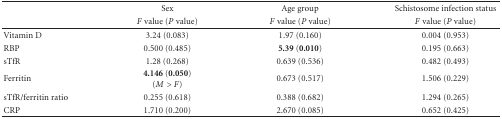
<table><thead><tr><td></td><td><b>Sex</b></td><td><b>Age group</b></td><td><b>Schistosome infection status</b></td></tr><tr><td></td><td><b><i>F</i> value (<i>P</i> value)</b></td><td><b><i>F</i> value (<i>P</i> value)</b></td><td><b><i>F</i> value (<i>P</i> value)</b></td></tr></thead><tbody><tr><td>Vitamin D</td><td>3.24 (0.083)</td><td>1.97 (0.160)</td><td>0.004 (0.953)</td></tr><tr><td>RBP</td><td>0.500 (0.485)</td><td><b>5.39</b> (<b>0.010</b>)</td><td>0.195 (0.663)</td></tr><tr><td>sTfR</td><td>1.28 (0.268)</td><td>0.639 (0.536)</td><td>0.482 (0.493)</td></tr><tr><td>Ferritin</td><td><b>4.146</b> (<b>0.050</b>) (<i>M</i> &gt; <i>F</i>)</td><td>0.673 (0.517)</td><td>1.506 (0.229)</td></tr><tr><td>sTfR/ferritin ratio</td><td>0.255 (0.618)</td><td>0.388 (0.682)</td><td>1.294 (0.265)</td></tr><tr><td>CRP</td><td>1.710 (0.200)</td><td>2.670 (0.085)</td><td>0.652 (0.425)</td></tr></tbody></table>